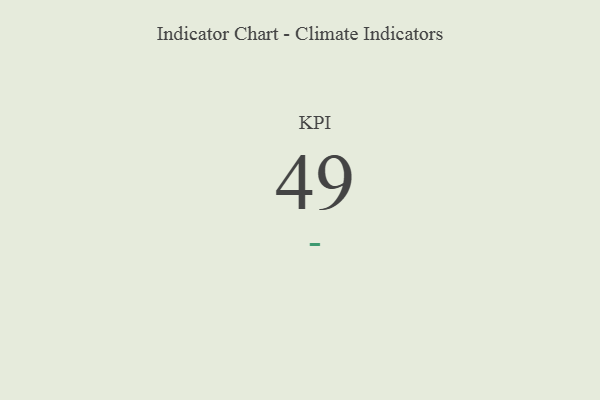
{"axis": {"x": "KPI", "y": "Value"}, "legend": [""], "data": [{"x": "KPI", "y": 49, "type": ""}]}